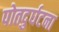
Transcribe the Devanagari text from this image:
पोतदुर्घटना